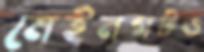
মেইনগটও